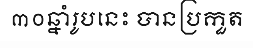
៣០ឆ្នាំរូបនេះ បានប្រកួត